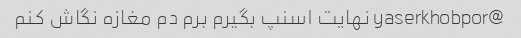
@yaserkhobpor نهایت اسنپ بگیرم برم دم مغازه نگاش کنم